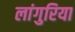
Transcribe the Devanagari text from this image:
लांगुरिया